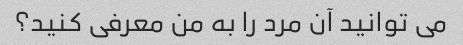
می توانید آن مرد را به من معرفی کنید؟